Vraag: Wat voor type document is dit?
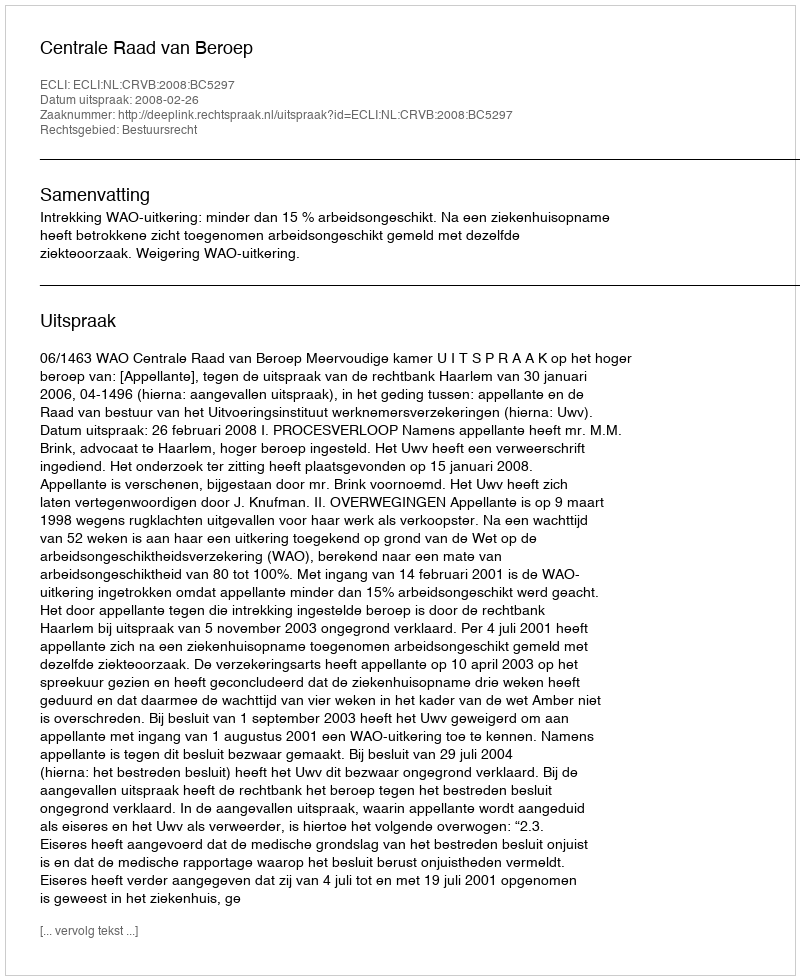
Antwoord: Uitspraak